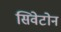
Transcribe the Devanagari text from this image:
सिवेटोन